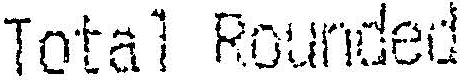
TOTAL ROUNDED